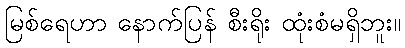
မြစ်ရေဟာ နောက်ပြန် စီးရိုး ထုံးစံမရှိဘူး။